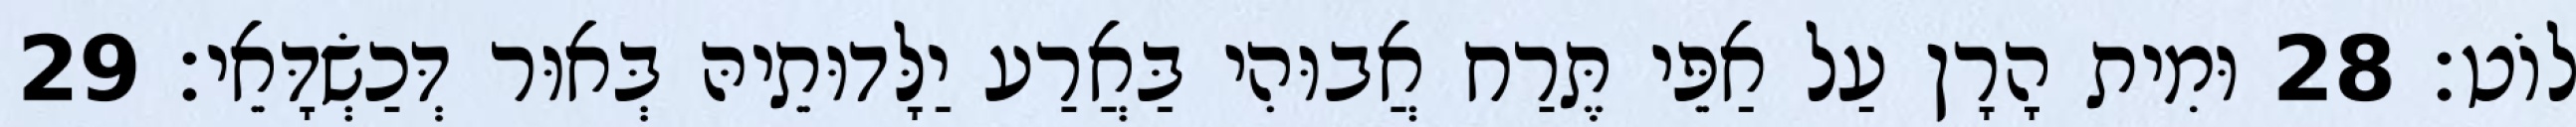
לוֹט׃ 28 וּמִית הָרָן עַל אַפֵּי תֶּרַח אֲבוּהִי בַּאֲרַע יַלָּדוּתֵיהּ בְּאוּר דְּכַשְׂדָּאֵי׃ 29